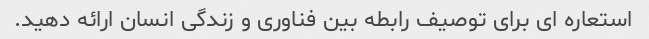
استعاره ای برای توصیف رابطه بین فناوری و زندگی انسان ارائه دهید.